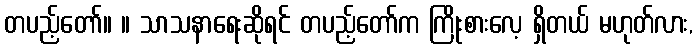
တပည့်တော်။ ။ သာသနာရေးဆိုရင် တပည့်တော်က ကြိုးစားလေ့ ရှိတယ် မဟုတ်လား,